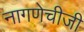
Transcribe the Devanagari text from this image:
नागणेचीजी